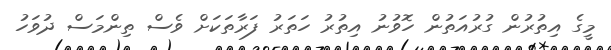
މީގެ އިތުރުން ގުރުއަތުން ހޮވުނު އިތުރު ހަތަރު ފަރާތަކަށް ވެސް ތިންމަސް ދުވަހު